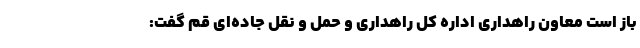
باز است معاون راهداری اداره کل راهداری و حمل و نقل جاده‌ای قم گفت: